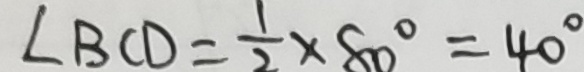
\angle B C D = \frac { 1 } { 2 } \times 8 0 ^ { \circ } = 4 0 ^ { \circ }